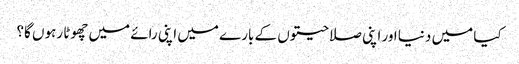
کیا میں دنیا اور اپنی صلاحیتوں کے بارے میں اپنی رائے میں چھوٹا رہوں گا؟